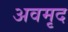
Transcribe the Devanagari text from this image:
अवमृद